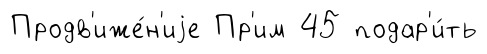
Продв'иже́н'иjе Пр'им 45 подар'и́ть